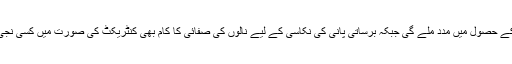
اس اقدام سے مثبت نتائج کے حصول میں مدد ملے گی جبکہ برساتی پانی کی نکاسی کے لیے نالوں کی صفائی کا کام بھی کنٹریکٹ کی صورت میں کسی نجی ادارے کو دے دیا جائے۔